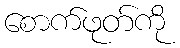
စောက်ဖုတ်ကို